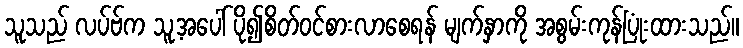
သူသည် လပ်ဗ်က သူ့အပေါ် ပို၍စိတ်ဝင်စားလာစေရန် မျက်နှာကို အစွမ်းကုန်ပြုံးထားသည်။